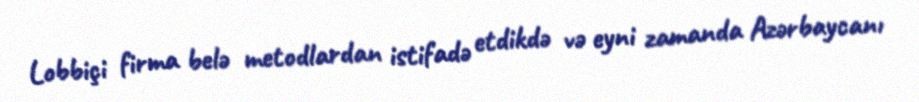
Lobbiçi firma belə metodlardan istifadə etdikdə və eyni zamanda Azərbaycanı